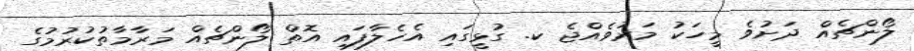
ލޯންޗެއް ދަށުވެ މީހަކު މަރުވެއްޖެ ކ. ގުޅީގައި އެހެލާފައި އޮތް ލޯންޗެއް މަރާމާތުކުރުމުގެ